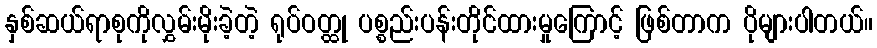
နှစ်ဆယ်ရာစုကိုလွှမ်းမိုးခဲ့တဲ့ ရုပ်ဝတ္ထု ပစ္စည်းပန်းတိုင်ထားမှုကြောင့် ဖြစ်တာက ပိုများပါတယ်။